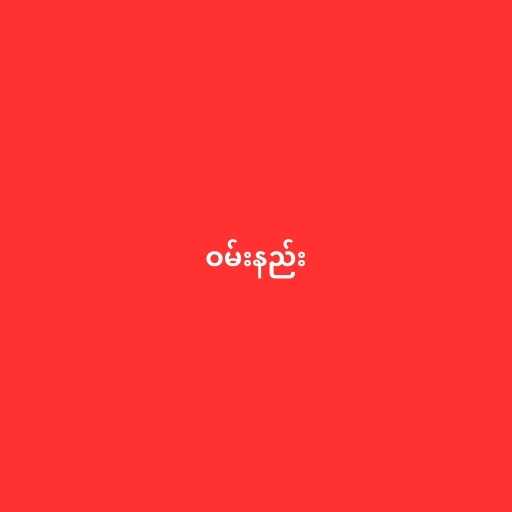
ဝမ်းနည်း